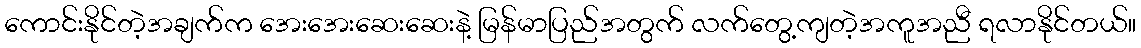
ကောင်းနိုင်တဲ့အချက်က အေးအေးဆေးဆေးနဲ့ မြန်မာပြည်အတွက် လက်တွေ့ကျတဲ့အကူအညီ ရလာနိုင်တယ်။